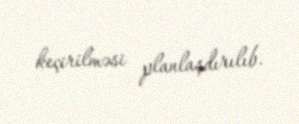
keçirilməsi planlaşdırılıb.